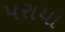
પરાયા